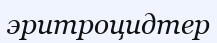
эритроцидтер